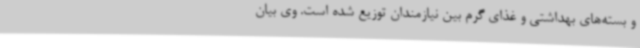
و بسته‌های بهداشتی و غذای گرم بین نیازمندان توزیع شده است. وی بیان